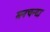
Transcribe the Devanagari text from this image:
मनचन्दा